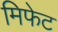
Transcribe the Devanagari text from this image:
मिफेट